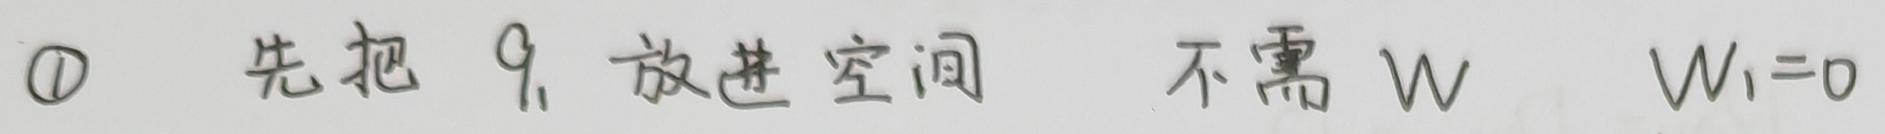
\textcircled{1} 先把 $q_1$ 放进空间  不需 $W$  $W_1 = 0$